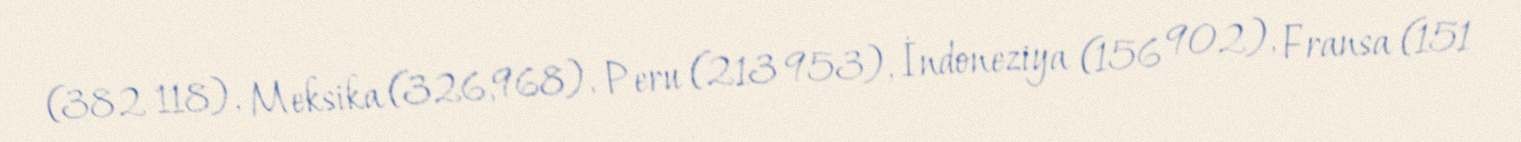
(382 118), Meksika (326,968), Peru (213 953), İndoneziya (156 902), Fransa (151